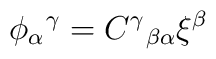
\phi _{\alpha }\hspace{0.1 mm}^{\gamma }=C^{\gamma }\hspace{0.1 mm}_{\beta \alpha }\xi^{\beta }